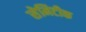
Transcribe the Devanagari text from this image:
सेमिटीक